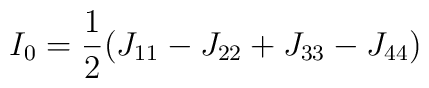
I_0= \frac{1}{2} (J_{11} -J_{22} +J_{33}-J_{44})